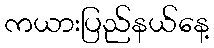
ကယားပြည်နယ်နေ့